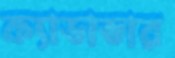
ক্যাডাভার